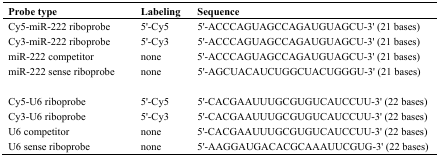
<table><thead><tr><td><b>Probe type</b></td><td><b>Labeling</b></td><td><b>Sequence</b></td></tr></thead><tbody><tr><td>Cy5-miR-222 riboprobe</td><td>5′-Cy5</td><td>5′-ACCCAGUAGCCAGAUGUAGCU-3′ (21 bases)</td></tr><tr><td>Cy3-miR-222 riboprobe</td><td>5′-Cy3</td><td>5′-ACCCAGUAGCCAGAUGUAGCU-3′ (21 bases)</td></tr><tr><td>miR-222 competitor</td><td>none</td><td>5′-ACCCAGUAGCCAGAUGUAGCU-3′ (21 bases)</td></tr><tr><td>miR-222 sense riboprobe</td><td>none</td><td>5′-AGCUACAUCUGGCUACUGGGU-3′ (21 bases)</td></tr><tr><td>Cy5-U6 riboprobe</td><td>5′-Cy5</td><td>5′-CACGAAUUUGCGUGUCAUCCUU-3′ (22 bases)</td></tr><tr><td>Cy3-U6 riboprobe</td><td>5′-Cy3</td><td>5′-CACGAAUUUGCGUGUCAUCCUU-3′ (22 bases)</td></tr><tr><td>U6 competitor</td><td>none</td><td>5′-CACGAAUUUGCGUGUCAUCCUU-3′ (22 bases)</td></tr><tr><td>U6 sense riboprobe</td><td>none</td><td>5′-AAGGAUGACACGCAAAUUCGUG-3′ (22 bases)</td></tr></tbody></table>